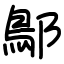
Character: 鄥